Vaccination North-Western Provinces 1866-1877 - 1866-1877
Year: 1866
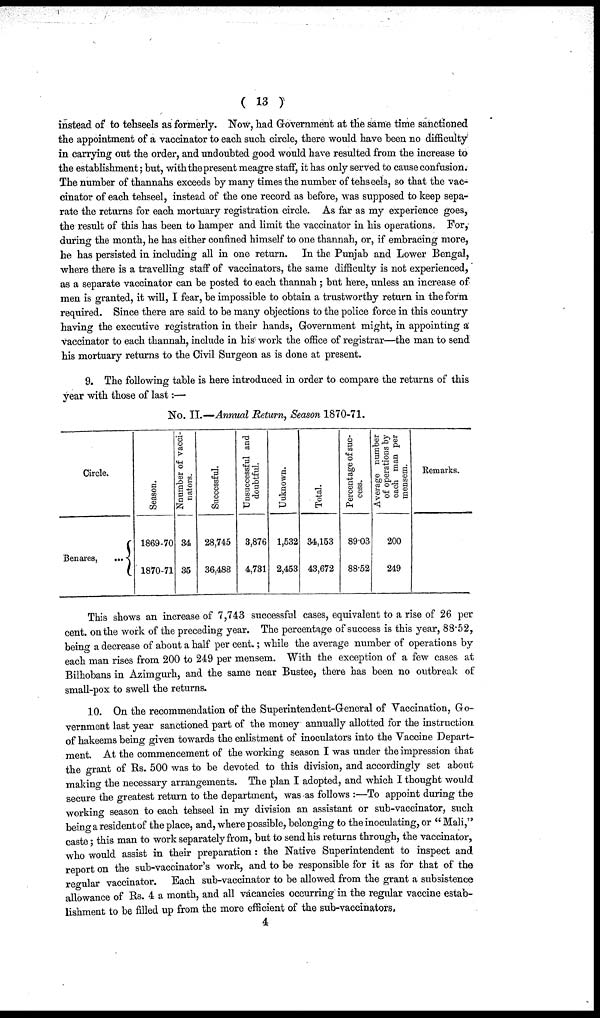
( 13 )
instead of to tehseels as formerly. Now, had Government at the same time sanctioned
the appointment of a vaccinator to each such circle, there would have been no difficulty
in carrying out the order, and undoubted good would have resulted from the increase to
the establishment; but, with the present meagre staff, it has only served to cause confusion.
The number of thannahs exceeds by many times the number of tehseels, so that the vac-
cinator of each tehseel, instead of the one record as before, was supposed to keep sepa-
rate the returns for each mortuary registration circle. As far as my experience goes,
the result of this has been to hamper and limit the vaccinator in his operations
For,
during the month, he has either confined himself to one thannah, or, if embracing more,
he has persisted in including all in one return. In the Punjab and Lower Bengal,
where there is a travelling staff of vaccinators, the same difficulty is not experienced,
as a separate vaccinator can be posted to each thannah ; but here, unless an increase of
men is granted, it will, I fear, be impossible to obtain a trustworthy return in the form
required. Since there are said to be many objections to the police force in this country
having the executive registration in their hands, Government might, in appointing a
vaccinator to each thannah, include in his work the office of registrar—the man to send
his mortuary returns to the Civil Surgeon as is done at present.
9. The following table is here introduced in order to compare the returns of this
year with those of last:—
No. II.—Annual Return, Season 1870-71.
Circle.
Benares,
...
Season.
1869-70
1870-71
Number of vacci-
nators.
34
35
Successful.
28,745
36,488
Unsuccessful and
doubtful.
3,876
4,731
Uuknown.
1,532
2,453
Total.
34,153
43,672
Percentage of suc-
cess.
89.03
88.52
Average number
of operations by
each man per
mensem.
200
249
Remarks.
This shows an increase of 7,743 successful cases, equivalent to a rise of 26 per
cent. on the work of the preceding year. The percentage of success is this year, 88.52,
being a decrease of about a half per cent.; while the average number of operations by
each man rises from 200 to 249 per mensem. With the exception of a few cases at
Bilhobans in Azimgurh, and the same near Bustee, there has been no outbreak of
small-pox to swell the returns.
10. On the recommendation of the Superintendent-General of Vaccination, Go-
vernment last year sanctioned part of the money annually allotted for the instruction
of hakeems being given towards the enlistment of inoculators into the Vaccine Depart-
ment. At the commencement of the working season I was under the impression that
the grant of Rs. 500 was to be devoted to this division, and accordingly set about
making the necessary arrangements. The plan I adopted, and which I thought would
secure the greatest return to the department, was as follows :—To appoint during the
working season to each tehseel in my division an assistant or sub-vaccinator, such
being a resident of the place, and, where possible, belonging to the inoculating, or " Mali,"
caste; this man to work separately from, but to send his returns through, the vaccinator,
who would assist in their preparation : the Native Superintendent to inspect and
report on the sub-vaccinator's work, and to be responsible for it as for that of the
regular vaccinator. Each sub-vaccinator to be allowed from the grant a subsistence
allowance of Rs. 4 a month, and all vacancies occurring in the regular vaccine estab-
lishment to be filled up from the more efficient of the sub-vaccinators.
4